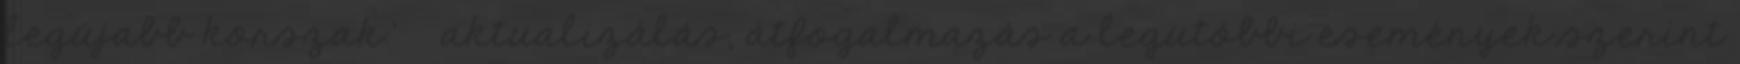
legújabb korszak.' » aktualizálás, átfogalmazás a legutóbbi események szerint